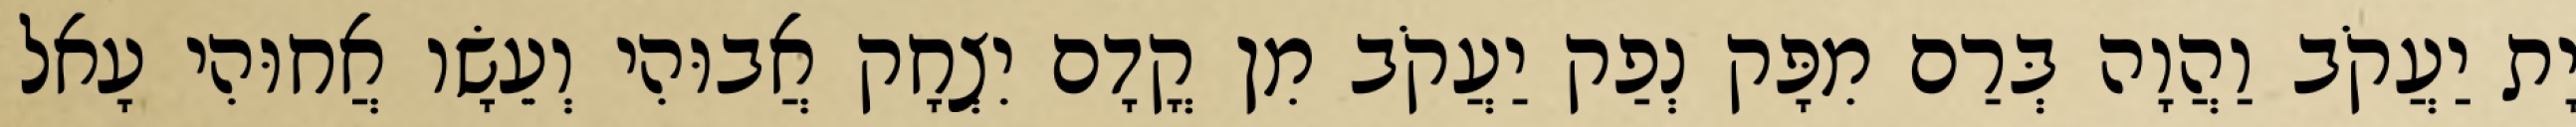
יָת יַעֲקֹב וַהֲוָה בְּרַם מִפָּק נְפַק יַעֲקֹב מִן קֳדָם יִצְחָק אֲבוּהִי וְעֵשָׂו אֲחוּהִי עָאל